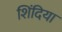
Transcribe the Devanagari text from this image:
शिंदिया